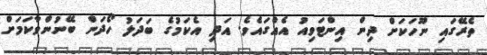
ތެރޭގައި ނޫހަކަށް ދިން އިންޓަވިއު އެއްގައެވެ. އަދި އެކަމުގެ ބަދަލު ހޯދަން ބޭނުންވާކަމަށް